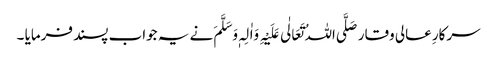
سرکارِ عالی وقار صَلَّی اللہُ تَعَالٰی عَلَیْہِ وَاٰلِہٖ وَسَلَّمَ نے یہ جواب پسند فرمایا ۔